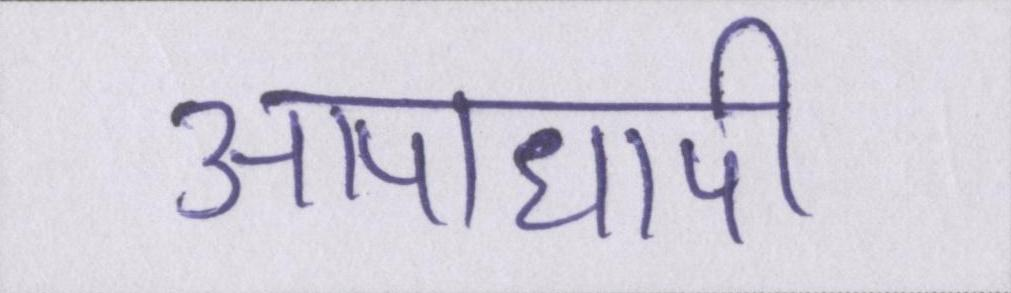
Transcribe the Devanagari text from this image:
आपाधापी